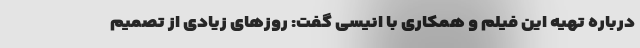
درباره تهیه این فیلم و همکاری با انیسی گفت: روزهای زیادی از تصمیم